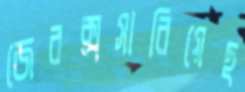
জেরক্সসারিয়েছ